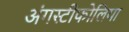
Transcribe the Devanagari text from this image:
अंगस्टीफोलिया